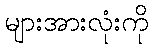
များအားလုံးကို